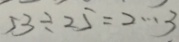
5 3 \div 2 5 = 2 \cdots 3